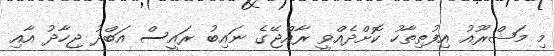
މި މަޝްރޫއު އިފުތިތާހު ކޮށްދެއްވީ ރާއްޖޭގެ ނައިބު ރައީސް އަބްދު ޖިހާދު އާއި